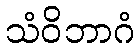
သံဝိဘာဂံ